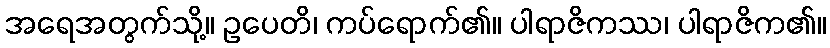
အရေအတွက်သို့။ ဥပေတိ၊ ကပ်ရောက်၏။ ပါရာဇိကဿ၊ ပါရာဇိက၏။